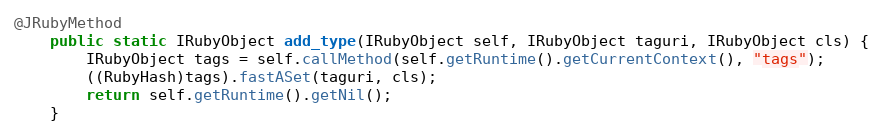
Language: Java
@JRubyMethod
    public static IRubyObject add_type(IRubyObject self, IRubyObject taguri, IRubyObject cls) {
        IRubyObject tags = self.callMethod(self.getRuntime().getCurrentContext(), "tags");
        ((RubyHash)tags).fastASet(taguri, cls);
        return self.getRuntime().getNil();
    }